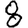
Digit: 8